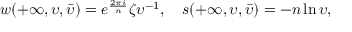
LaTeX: w ( + \infty , \upsilon , \bar { \upsilon } ) = e ^ { \frac { 2 \pi i } { n } } \zeta { \upsilon } ^ { - 1 } , ~ ~ ~ s ( + \infty , \upsilon , \bar { \upsilon } ) = - n \ln { \upsilon } ,